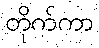
တိုက်ကာ